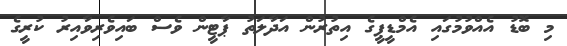
މި ބޮޑު އެއްވުމުގައި އެމްޑީޕީގެ އިތުރުން އަދާލަތު ޕާޓީން ވެސް ބައިވެރިވާއިރު ކުރީގެ